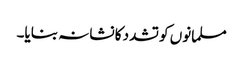
مسلمانوں کو تشدد کا نشانہ بنایا۔